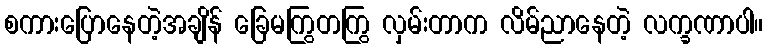
စကားပြောနေတဲ့အချိန် ခြေမကြွတကြွ လှမ်းတာက လိမ်ညာနေတဲ့ လက္ခဏာပါ။